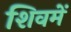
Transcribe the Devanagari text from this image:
शिवमें